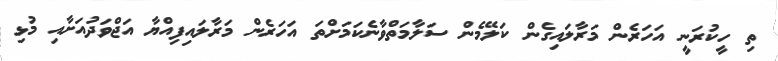
ތި ހީކުރަނީ އަހަރެން މަރާލައިގެން ކަލޭމެން ސަލާމަތްވާނެކަމަށްތަ އަހަރެން މަރާލައިފިއްޔާ އަޖްވަދުއަށާއި މުޅި